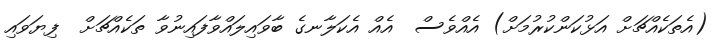
(އެތަކެއްޗަށް އަޅުކަންކުރުމަށް) އެއްވެސް  އެއް އެކަލާނގެ ބާވައިލައްވާފައިނުވާ ތަކެއްޗަށް  ފިޔަވައި